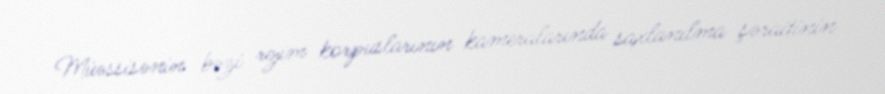
Müəssisənin bəzi rejim korpuslarının kameralarında saxlanılma şəraitinin